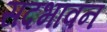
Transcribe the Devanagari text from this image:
सदभावन